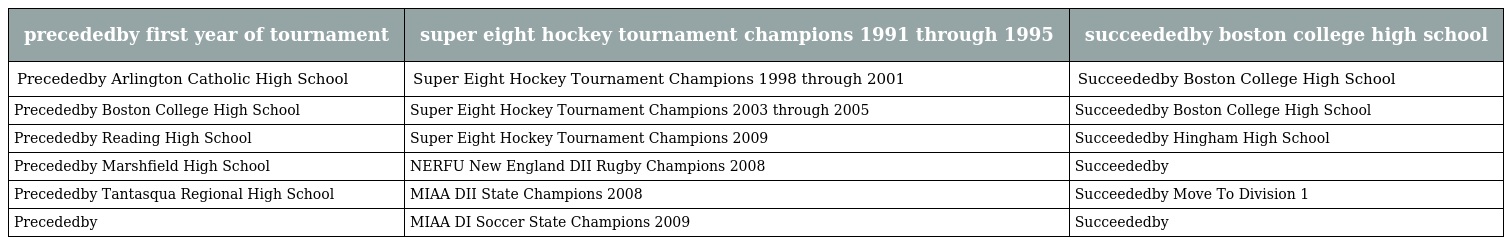
| precededby first year of tournament | super eight hockey tournament champions 1991 through 1995 | succeededby boston college high school |
 | --- | --- | --- |
 | Precededby Arlington Catholic High School | Super Eight Hockey Tournament Champions 1998 through 2001 | Succeededby Boston College High School |
 | Precededby Boston College High School | Super Eight Hockey Tournament Champions 2003 through 2005 | Succeededby Boston College High School |
 | Precededby Reading High School | Super Eight Hockey Tournament Champions 2009 | Succeededby Hingham High School |
 | Precededby Marshfield High School | NERFU New England DII Rugby Champions 2008 | Succeededby |
 | Precededby Tantasqua Regional High School | MIAA DII State Champions 2008 | Succeededby Move To Division 1 |
 | Precededby | MIAA DI Soccer State Champions 2009 | Succeededby |